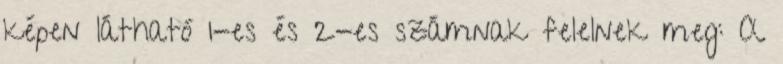
képen látható 1-es és 2-es számnak felelnek meg: A